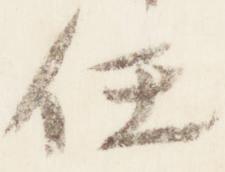
任